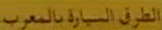
الطريق السيارة بالمغرب